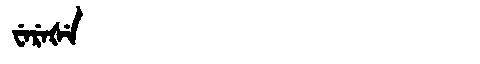
Manchu: ᠸᡝᡵᡝᡧᡝ
Romanization: WEREŠE